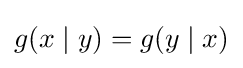
g(x\mid y)=g(y\mid x)